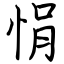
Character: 悁